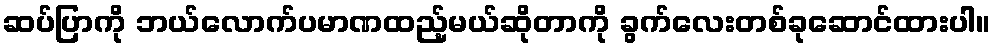
ဆပ်ပြာကို ဘယ်လောက်ပမာဏထည့်မယ်ဆိုတာကို ခွက်လေးတစ်ခုဆောင်ထားပါ။